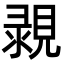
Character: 䚄